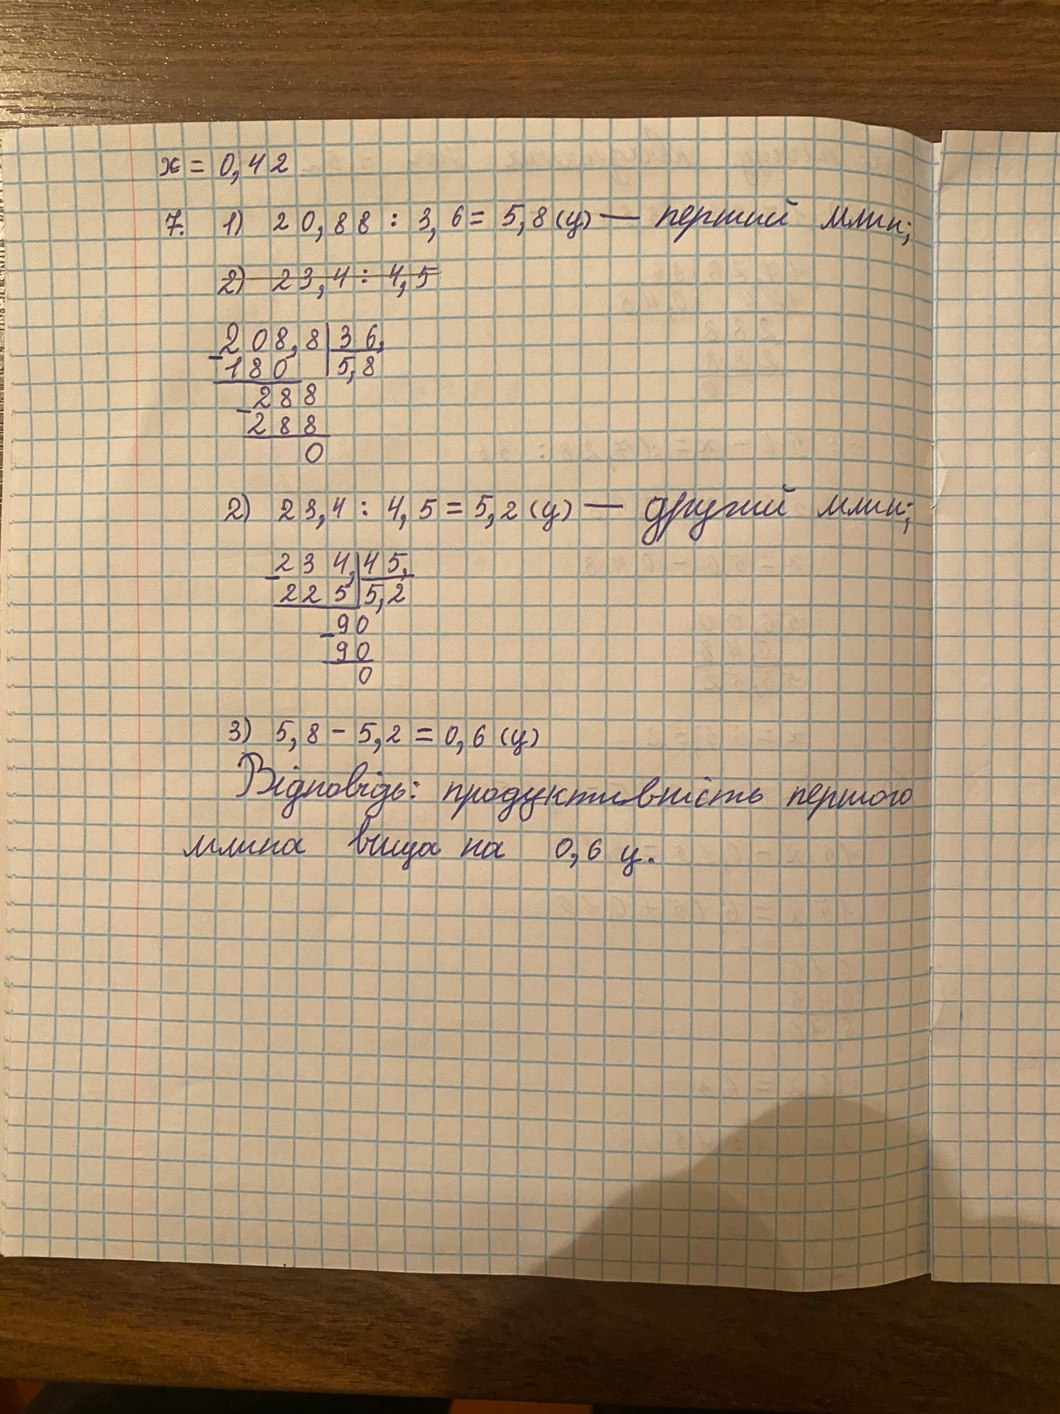
x = 0,42
7. 1) 20,88 : 3,6 = 5,8 (ц) - перший млин;
~~2) 23,4 : 4,5~~
\begin{array}{r|l} 208,8 & 36, \\ \cline{2-2} - 180 & 5,8 \\ \cline{1-1} 288 & \\ -288 &  \\ \cline{1-1} 0 & \end{array}
2) 23,4 : 4,5 = 5,2 (ц) - другий млин;
\begin{array}{r|l} 234, & 45, \\ \cline{2-2} - 225 & 5,2 \\ \cline{1-1} 90 & \\ -90 &  \\ \cline{1-1} 0 & \end{array}
3) 5, 8 - 5, 2 = 0, 6 (ц)
Відповідь: продуктивність першого
млина вища на 0,6 ц.